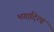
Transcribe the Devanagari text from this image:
भगादित्य